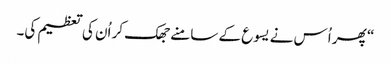
‏“‏ پھر اُس نے یسوع کے سامنے جھک کر اُن کی تعظیم کی۔